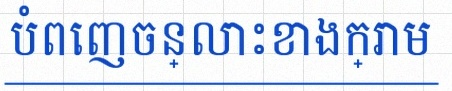
បំពេញចន្លោះខាងក្រោម